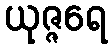
ယုဇ္ဇရေ